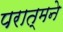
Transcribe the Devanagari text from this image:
परात्मने